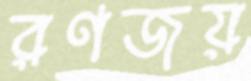
রণজয়